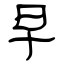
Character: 早